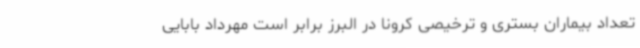
تعداد بیماران بستری و ترخیصی کرونا در البرز برابر است مهرداد بابایی